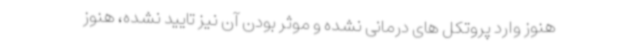
هنوز وارد پروتکل های درمانی نشده و موثر بودن آن نیز تایید نشده، هنوز